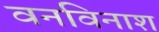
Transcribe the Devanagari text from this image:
वनविनाश